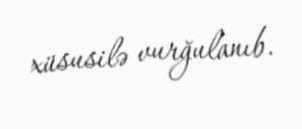
xüsusilə vurğulanıb.